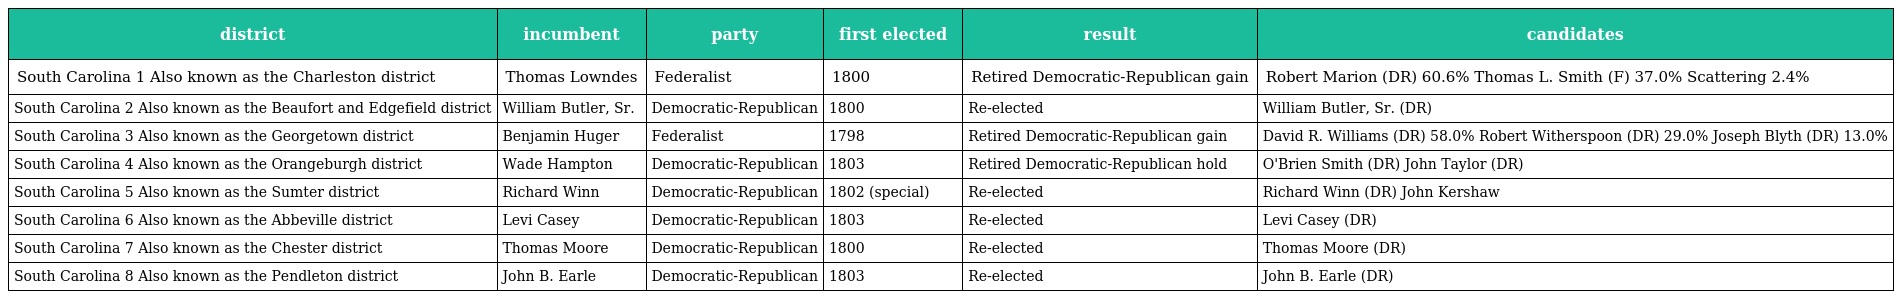
| district | incumbent | party | first elected | result | candidates |
 | --- | --- | --- | --- | --- | --- |
 | South Carolina 1 Also known as the Charleston district | Thomas Lowndes | Federalist | 1800 | Retired Democratic-Republican gain | Robert Marion (DR) 60.6% Thomas L. Smith (F) 37.0% Scattering 2.4% |
 | South Carolina 2 Also known as the Beaufort and Edgefield district | William Butler, Sr. | Democratic-Republican | 1800 | Re-elected | William Butler, Sr. (DR) |
 | South Carolina 3 Also known as the Georgetown district | Benjamin Huger | Federalist | 1798 | Retired Democratic-Republican gain | David R. Williams (DR) 58.0% Robert Witherspoon (DR) 29.0% Joseph Blyth (DR) 13.0% |
 | South Carolina 4 Also known as the Orangeburgh district | Wade Hampton | Democratic-Republican | 1803 | Retired Democratic-Republican hold | O'Brien Smith (DR) John Taylor (DR) |
 | South Carolina 5 Also known as the Sumter district | Richard Winn | Democratic-Republican | 1802 (special) | Re-elected | Richard Winn (DR) John Kershaw |
 | South Carolina 6 Also known as the Abbeville district | Levi Casey | Democratic-Republican | 1803 | Re-elected | Levi Casey (DR) |
 | South Carolina 7 Also known as the Chester district | Thomas Moore | Democratic-Republican | 1800 | Re-elected | Thomas Moore (DR) |
 | South Carolina 8 Also known as the Pendleton district | John B. Earle | Democratic-Republican | 1803 | Re-elected | John B. Earle (DR) |